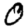
Digit: 0